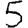
Digit: 5